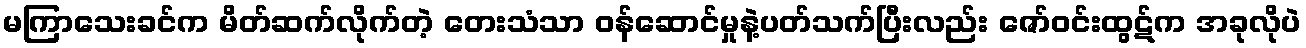
မကြာသေးခင်က မိတ်ဆက်လိုက်တဲ့ တေးသံသာ ဝန်ဆောင်မှုနဲ့ပတ်သက်ပြီးလည်း ဇော်ဝင်းထွဋ်က အခုလိုပဲ